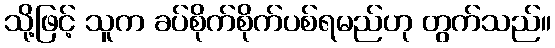
သို့ဖြင့် သူက ခပ်စိုက်စိုက်ပစ်ရမည်ဟု တွက်သည်။